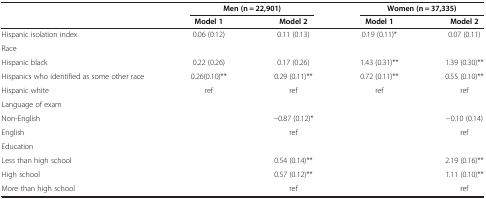
|  | <COLSPAN=2> Men (n = 22,901) | <COLSPAN=2> Women (n = 37,335) |
 |  | Model 1 | Model 2 | Model 1 | Model 2 |
 | --- | --- | --- | --- | --- |
 | Hispanic isolation index | 0.06 (0.12) | 0.11 (0.13) | 0.19 (0.11)* | 0.07 (0.11) |
 | Race |  |  |  |  |
 | Hispanic black | 0.22 (0.26) | 0.17 (0.26) | 1.43 (0.31)** | 1.39 (0.30)** |
 | Hispanics who identified as some other race | 0.26(0.10)** | 0.29 (0.11)** | 0.72 (0.11)** | 0.55 (0.10)** |
 | Hispanic white | ref | ref | ref | ref |
 | Language of exam |  |  |  |  |
 | Non-English |  | −0.87 (0.12)* |  | −0.10 (0.14) |
 | English |  | ref |  | ref |
 | Education |  |  |  |  |
 | Less than high school |  | 0.54 (0.14)** |  | 2.19 (0.16)** |
 | High school |  | 0.57 (0.12)** |  | 1.11 (0.10)** |
 | More than high school |  | ref |  | ref |